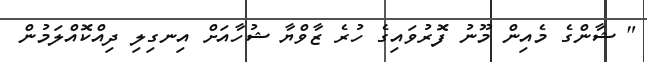
" ޝާންގެ މެއިން މޫނު ފޮރުވައިގެ ހުރެ ޒާވްޔާ ޝުހާއަށް އިނގިލި ދިއްކޮއްލަމުން